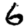
Digit: 6